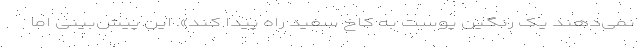
نمی‌دهند یک رنگین پوست به کاخ سفید راه پیدا کند». این پیش‌بینی اما